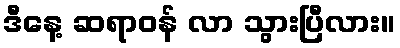
ဒီနေ့ ဆရာဝန် လာ သွားပြီလား။